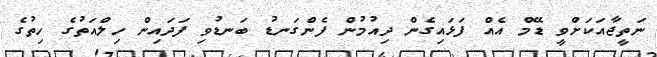
ނަތީޖާއަކަށްވީ ޑޭމް އެއް ފަޅައިގެން ދިއުމުން ފެންގަނޑު ބަނޑުވި ފަދައިން ހިލްއަތުގެ ހިތުގެ